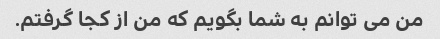
من می توانم به شما بگویم که من از کجا گرفتم.